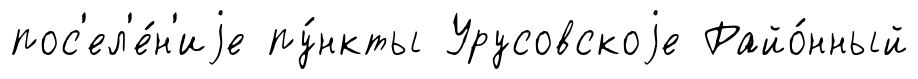
пос'ел'е́н'иjе пу́нкты Урусовскоjе Райо́нный